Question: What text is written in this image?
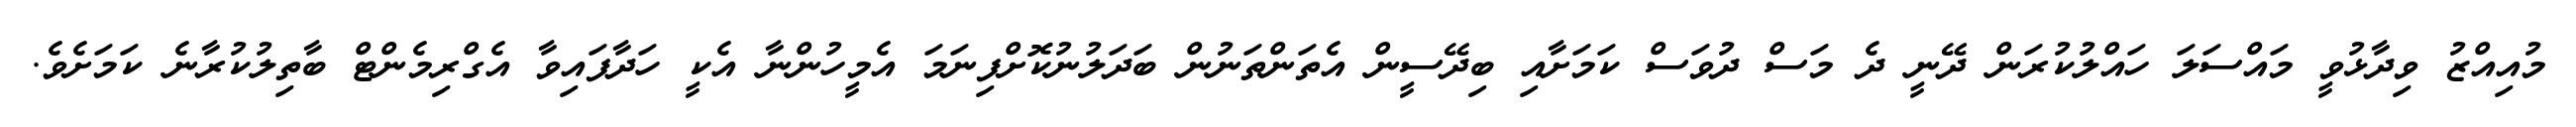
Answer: މުއިއްޒު ވިދާޅުވީ މައްސަލަ ހައްލުކުރަން ދޭނީ ދެ މަސް ދުވަސް ކަމަށާއި ބިދޭސީން އެތަންތަނުން ބަދަލުނުކޮށްފިނަމަ އެމީހުންނާ އެކީ ހަދާފައިވާ އެގްރިމެންޓް ބާތިލުކުރާނެ ކަމަށެވެ.